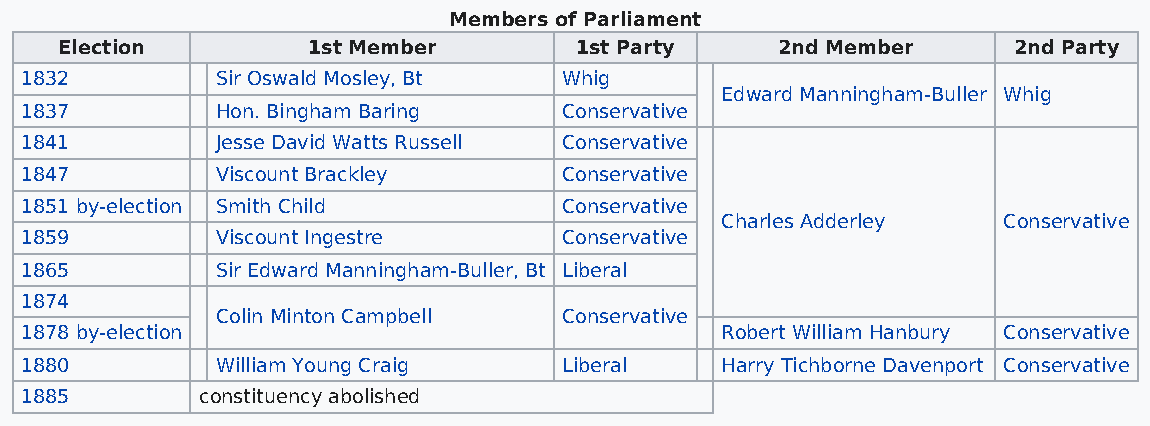
Members of Parliament
 Election        1st Member        1st Party    2nd Member      2nd Party
 1832         Sir Oswald Mosley, Bt  Whig
 Edward Manningham-Buller Whig
 1837         Hon. Bingham Baring    Conservative
 1841         Jesse David Watts Russell Conservative
 1847         Viscount Brackley      Conservative
 1851 by-election Smith Child        Conservative
 Charles Adderley  Conservative
 1859         Viscount Ingestre      Conservative
 1865         Sir Edward Manningham-Buller, Bt Liberal
 1874
 Colin Minton Campbell  Conservative
 1878 by-election                               Robert William Hanbury Conservative
 1880         William Young Craig    Liberal    Harry Tichborne Davenport Conservative
 1885        constituency abolished